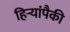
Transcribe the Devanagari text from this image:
हिर्‍यांपैकी